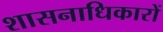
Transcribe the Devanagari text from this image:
शासनाधिकारों